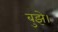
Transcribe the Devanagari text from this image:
बुझे।